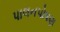
પાલનપોષણ